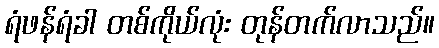
ရံဖန်ရံခါ တစ်ကိုယ်လုံး တုန်တက်လာသည်။